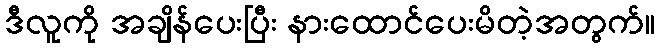
ဒီလူကို အချိန်ပေးပြီး နားထောင်ပေးမိတဲ့အတွက်။